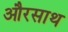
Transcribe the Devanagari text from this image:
औरसाथ